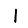
Digit: 1